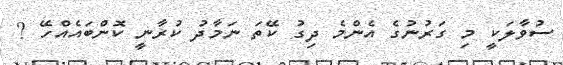
ސުވާލަކީ މި ގަރުނުގެ އެންމެ ދިގު ކޭތަ ނަމާދު ކުރާނީ ކޮންބައެއްހޭ ?